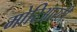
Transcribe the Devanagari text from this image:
मोरिआरटी